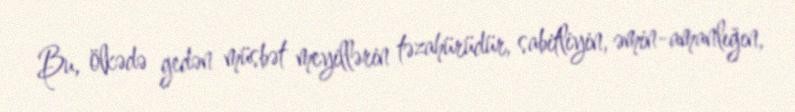
Bu, ölkədə gedən müsbət meyillərin təzahürüdür, sabitliyin, əmin-amanlığın,